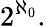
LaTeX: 2^{\aleph_{0}}.